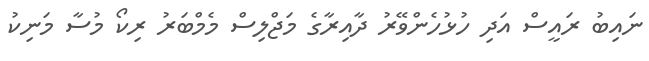
ނައިބު ރައީސް އަދި ހުޅުހެންވޭރު ދާއިރާގެ މަޖްލިސް މެމްބަރު ރިކޯ މުސާ މަނިކު